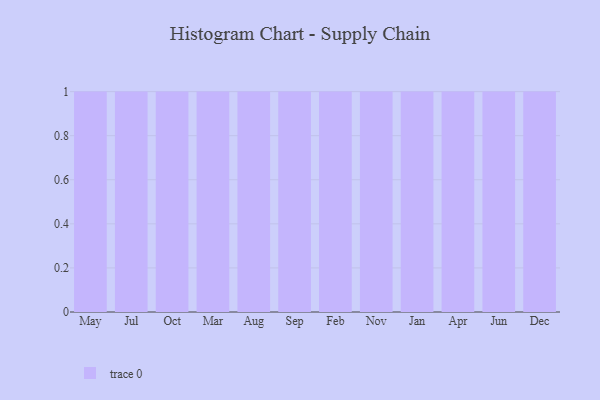
{"axis": {"x": "Month", "y": "Latency (ms)"}, "legend": [""], "data": [{"x": "May", "y": 45, "type": ""}, {"x": "Jul", "y": 53, "type": ""}, {"x": "Oct", "y": 34, "type": ""}, {"x": "Mar", "y": 19, "type": ""}, {"x": "Aug", "y": 44, "type": ""}, {"x": "Sep", "y": 70, "type": ""}, {"x": "Feb", "y": 84, "type": ""}, {"x": "Nov", "y": 38, "type": ""}, {"x": "Jan", "y": 18, "type": ""}, {"x": "Apr", "y": 20, "type": ""}, {"x": "Jun", "y": 50, "type": ""}, {"x": "Dec", "y": 85, "type": ""}]}